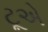
ટૂએ